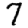
Digit: 7